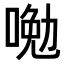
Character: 𠷦